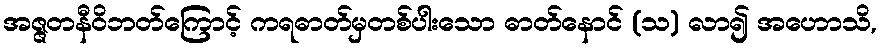
အဇ္ဇတနီဝိဘတ်ကြောင့် ကရဓာတ်မှတစ်ပါးသော ဓာတ်နောင် (သ) လာ၍ အဟောသိ,